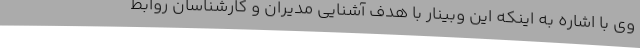
وی با اشاره به اینکه این وبینار با هدف آشنایی مدیران و کارشناسان روابط